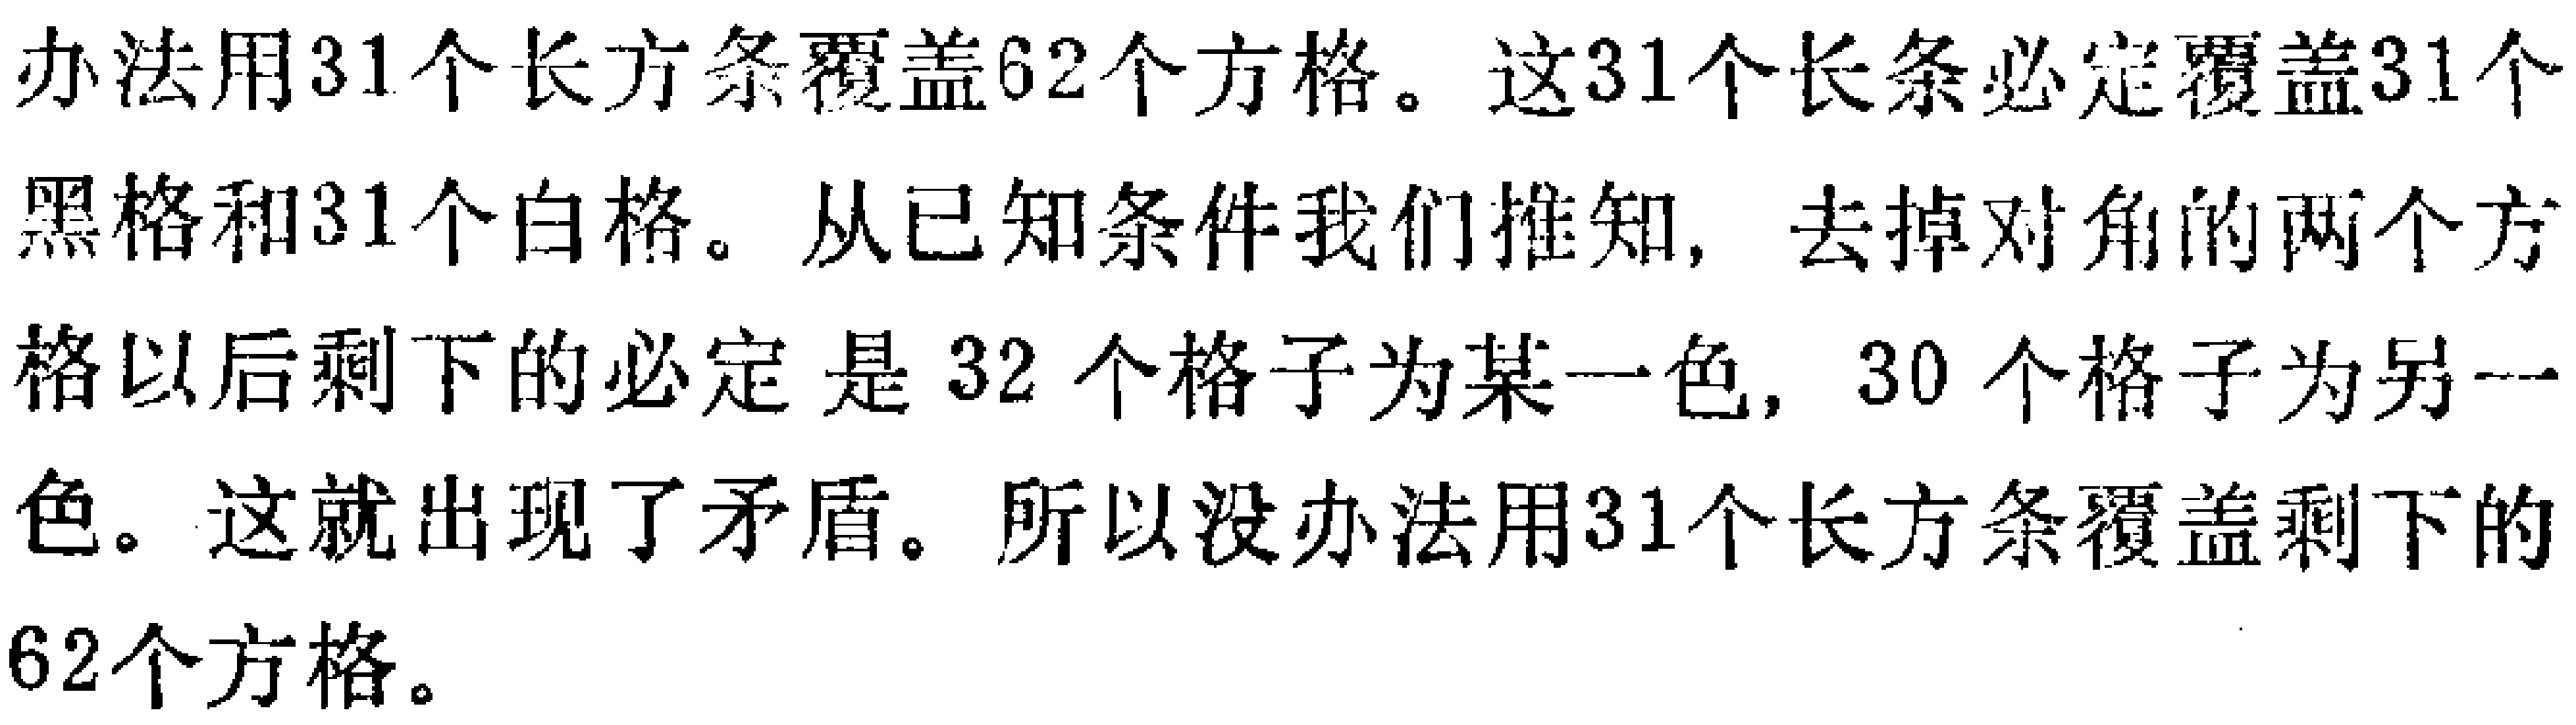
办法用31个长方条覆盖62个方格。这31个长条必定覆盖31个
黑格和31个白格。从已知条件我们推知，去掉对角的两个方
格以后剩下的必定是32个格子为某一色，30个格子为另一
色。这就出现了矛盾。所以没办法用31个长方条覆盖剩下的
62个方格。